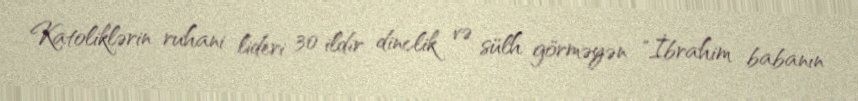
Katoliklərin ruhani lideri 30 ildir dinclik və sülh görməyən "İbrahim babanın